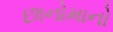
છાનોમાનો